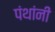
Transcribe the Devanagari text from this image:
पंथांनी